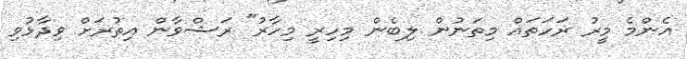
އެންމެ މީރު ރަހަތައް މިތަނުން ލިބެން މިހިރީ މިހާރު" ރަޝްވާން އިތުރަށް ވިދާޅުވި